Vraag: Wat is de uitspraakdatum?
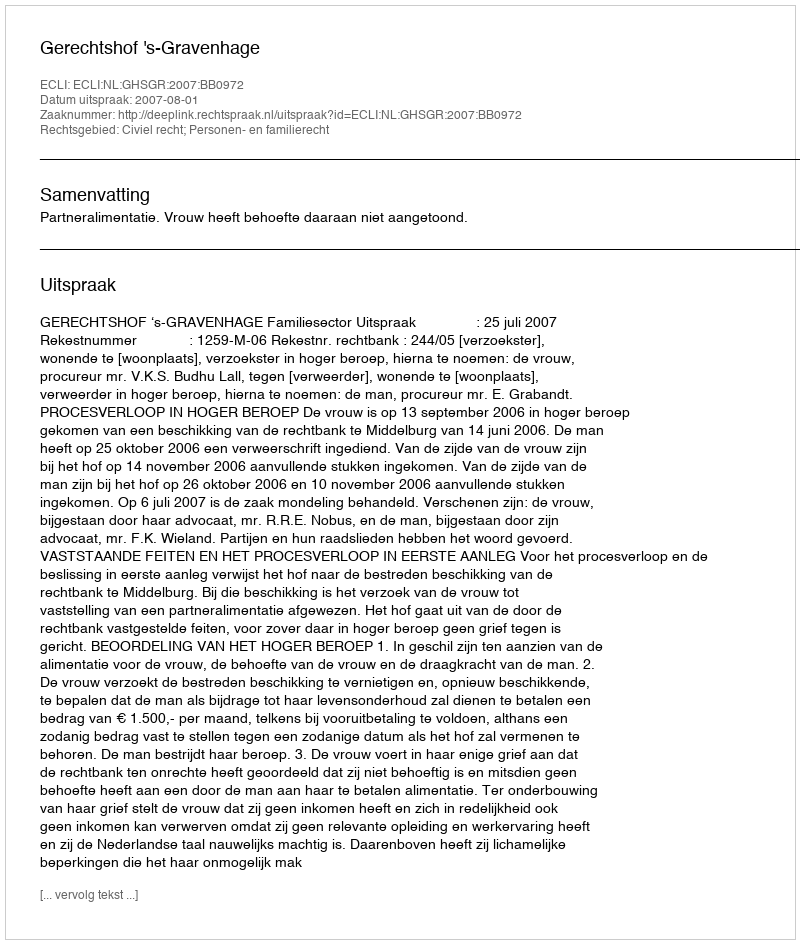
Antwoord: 2007-08-01